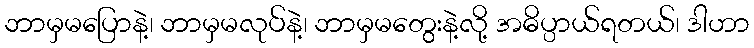
ဘာမှမပြောနဲ့၊ ဘာမှမလုပ်နဲ့၊ ဘာမှမတွေးနဲ့လို့ အဓိပ္ပာယ်ရတယ်၊ ဒါဟာ